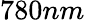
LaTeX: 780nm